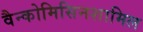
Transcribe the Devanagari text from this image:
वैन्कोमिसिनशामिल